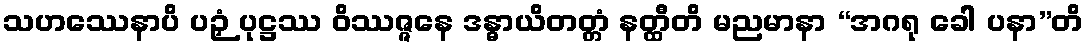
သဟဿေနာပိ ပဉှံ ပုဋ္ဌဿ ဝိဿဇ္ဇနေ ဒန္ဓာယိတတ္တံ နတ္ထီတိ မညမာနာ “အဂရု ခေါ ပနာ”တိ